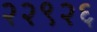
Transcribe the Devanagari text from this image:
२२९२६